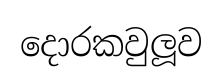
දොරකවුලූව